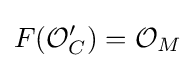
F({\mathcal {O}}'_{C})={\mathcal {O}}_{M}